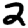
Digit: 2